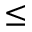
\le